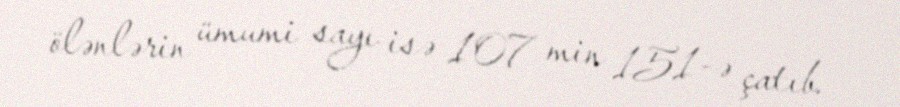
ölənlərin ümumi sayı isə 107 min 151-ə çatıb.